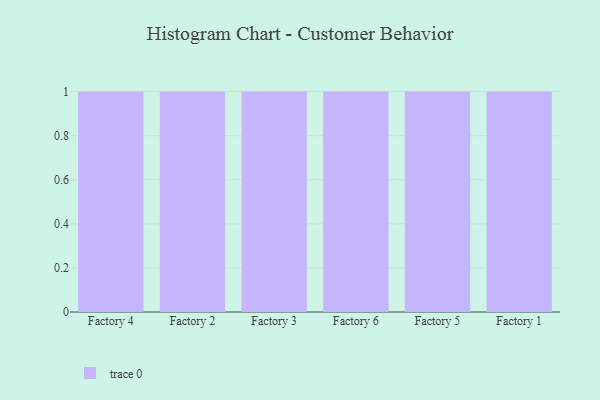
{"axis": {"x": "Factory", "y": "Active Users"}, "legend": [""], "data": [{"x": "Factory 4", "y": 2, "type": ""}, {"x": "Factory 2", "y": 22, "type": ""}, {"x": "Factory 3", "y": 69, "type": ""}, {"x": "Factory 6", "y": 11, "type": ""}, {"x": "Factory 5", "y": 36, "type": ""}, {"x": "Factory 1", "y": 11, "type": ""}]}